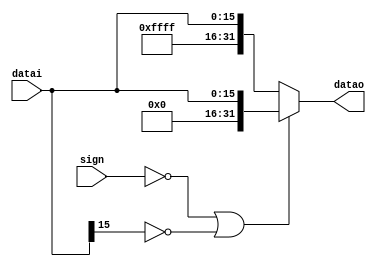
`timescale 1ns / 1ps

module ext16_32(
    input [15:0] datai,
    input sign,
    output [31:0] datao
    );

    assign datao = (sign == 0 || datai[15] == 0) ? {16'h0000, datai} : {16'hffff, datai};

endmodule